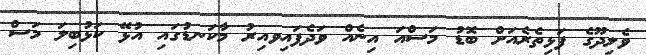
ވެލިދޫގެ ފަޅިތެރެއަށް ބޮޑު މަސްއަ އިނެއް ވަދެފައިވއިރު މާކަނޑުގައި އުޅޭ ކަޅުބިލަ މަސް